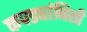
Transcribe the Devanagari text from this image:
कपड्यांनिशी